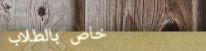
خاص بالطلاب